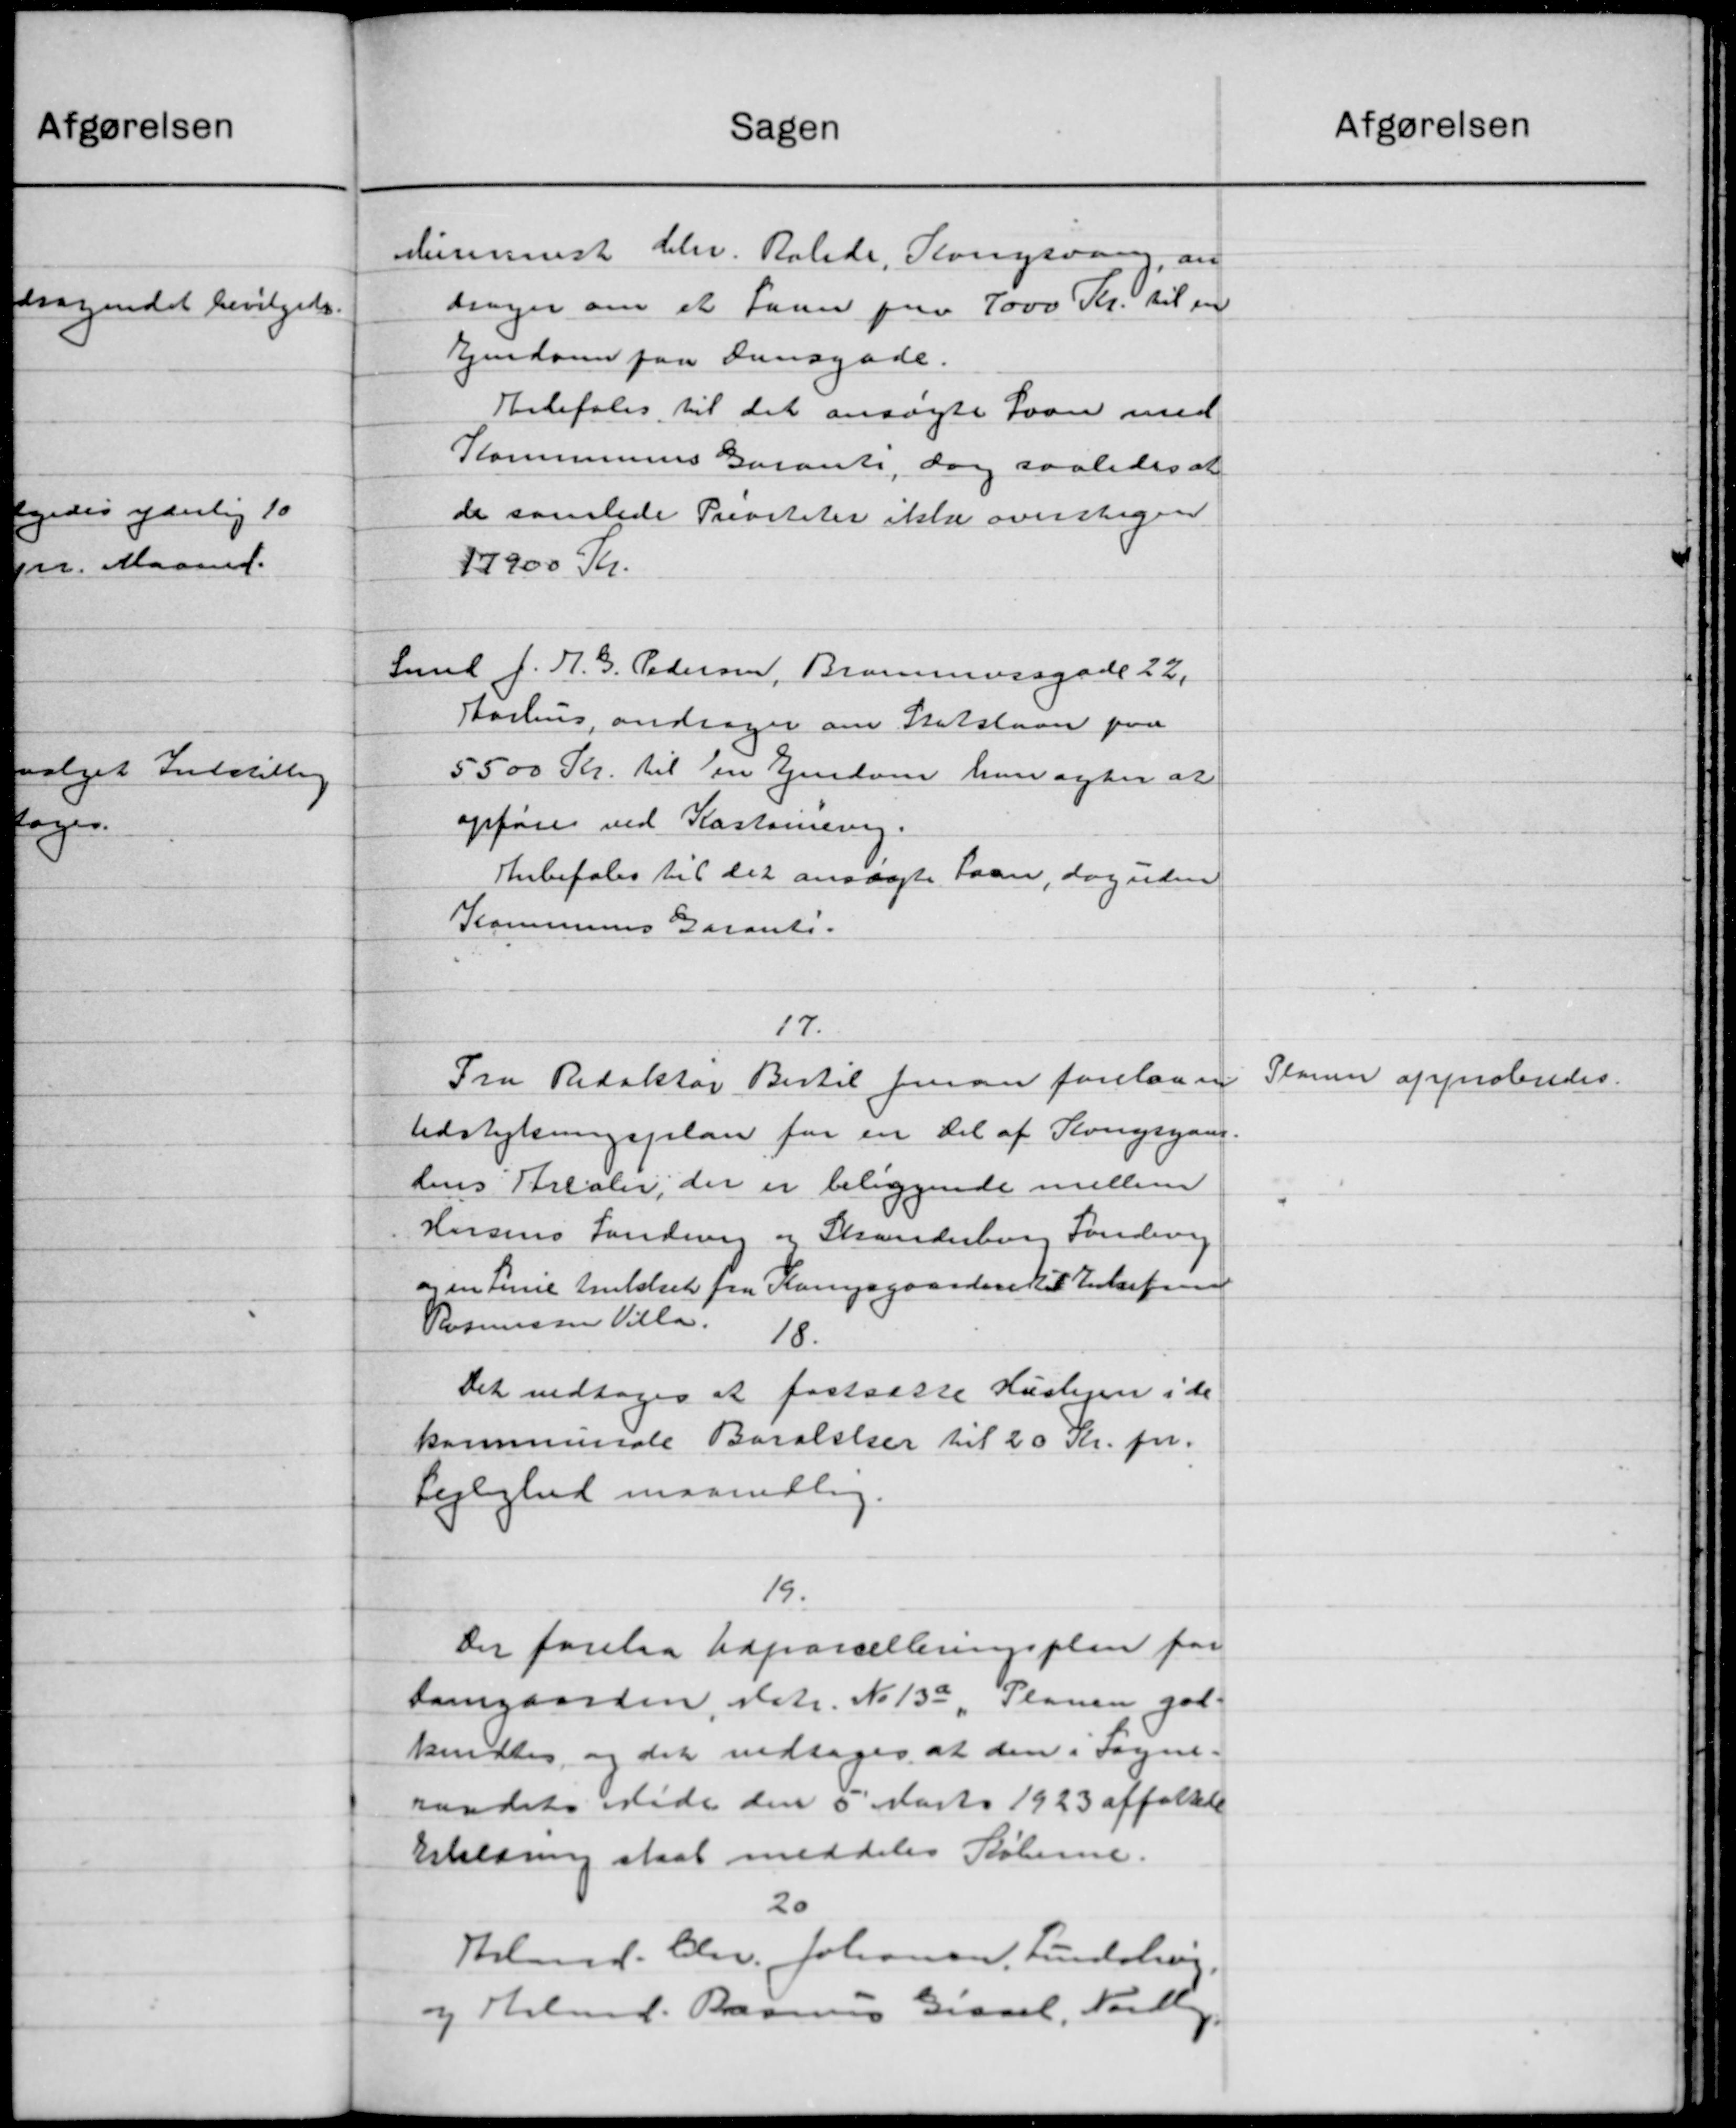
Transskription:
Sagen
elummist Chr. Ralede, Kongsvang, an
dinger om et faan paa 7000 Kr. til en
Ejendom paa Dansgade.
Anbefales til det ansøgte Laan med
Kommunens Garante, dog saaledes at
de samlede Privitater ikke overslagen
17900 Kr.
Smed J. H. G. Pedersen, Brammersgade 22,
Aarhus, andrager om Statslaan paa
5.500 Kr. til en Ejendom han agter at
opføre ved Kastonevig.
Anbefales til det ansøgte Laan, dog uden
Kommunens Garant.
17.
Fra Redaktør Bertil Jensen forelaan
Udstykningsplan for en Del af Kongsgaard.
hens Arealer, der er beliggende mellem
Hersens Landevig og Standerborg Søndevej
og en Linie Amtsket fra Karsgaardsvedet Enkefru
Rasmussen Villa.
18.
Det vedtoges at fastsætte Huslejen i de
kommunale Baralelser til 20 Kr. pr.
Lejlighed maanedlig.
19.
Der forelaa Udparcelleringsplan for
Damgaarden, Matr. No 130, Planen god-
kendtes, og det vedtoges at den i Sogne.
raadets Møde den 5 Marts 1923 affalkte
Erklæring skal meddeles Køberne.
20
Kbmd. Chr. Johansen, Lundsbrug
og Arbmd. Rasmus Gissel, Vejlby.